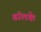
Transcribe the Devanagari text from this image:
ढॉलके